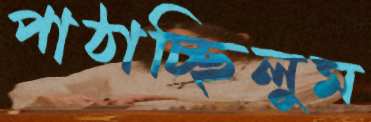
পাঠাচ্ছিলুম